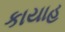
કાયાહ